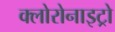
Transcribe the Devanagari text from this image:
क्लोरोनाइट्रो